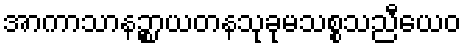
အာကာသာနဉ္စာယတနသုခုမသစ္စသညီယေဝ